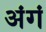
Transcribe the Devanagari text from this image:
अंगं